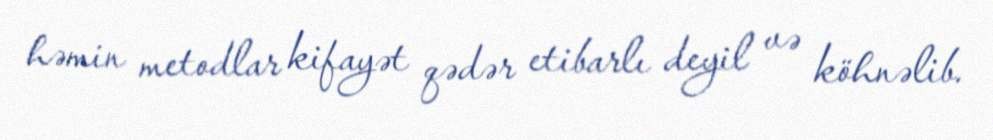
həmin metodlar kifayət qədər etibarlı deyil və köhnəlib.